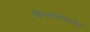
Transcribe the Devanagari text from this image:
कैलासराणा